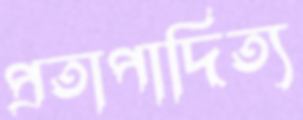
প্রতাপাদিত্য